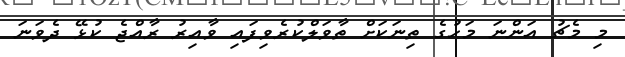
މި މެޗު އަންނަ މަހުގެ ތިނަކަށް ތާވަލްކުރެވިފައި ވާއިރު ރާއްޖެ ކުޅޭ ދެވަނަ